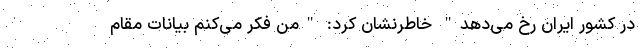
در کشور ایران رخ می‌دهد" خاطرنشان کرد: "من فکر می‌کنم بیانات مقام